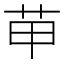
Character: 𦭖